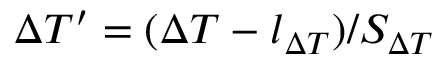
\Delta T ^ { \prime } = ( \ensuremath { \Delta T } - l _ { \ensuremath { \Delta T } } ) / S _ { \ensuremath { \Delta T } }